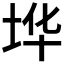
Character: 𰉪